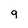
Character: 9